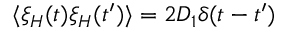
\langle \xi _ { H } ( t ) \xi _ { H } ( t ^ { \prime } ) \rangle = 2 D _ { 1 } \delta ( t - t ^ { \prime } )